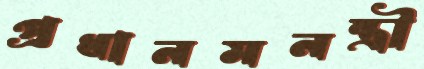
প্রধানমনন্ত্রী